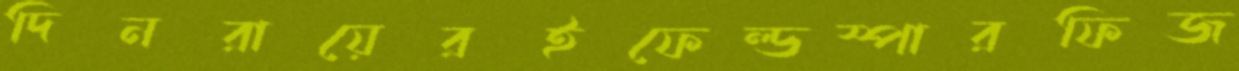
দিনরায়েরইফেল্ডস্পারফিজ